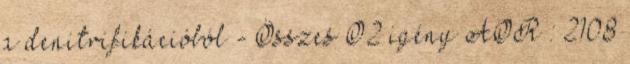
a denitrifikációból - Összes O2 igény AOR : 2108